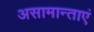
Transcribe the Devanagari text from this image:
असामान्ताएं